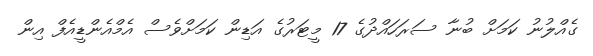
ގެއްލުނު ކަމަށް ބުނާ ސަރަހައްދުގެ 17 މީޓަރުގެ އަޑިން ކަމަށްވެސް އެމްއެންޑީއެފް އިން